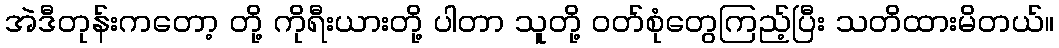
အဲဒီတုန်းကတော့ တို့ ကိုရီးယားတို့ ပါတာ သူတို့ ဝတ်စုံတွေကြည့်ပြီး သတိထားမိတယ်။